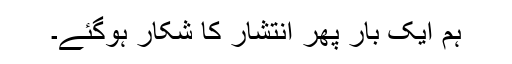
ہم ایک بار پھر انتشار کا شکار ہوگئے۔